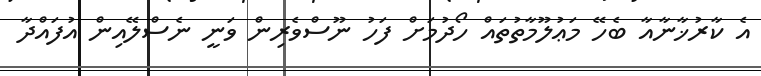
އެ ކާރުޚާނާއާ ބެހޭ މަޢުލޫމާތުތައް ހޯދުމަށް ފަހު ނޫސްވެރިން ވަނީ ނެސްލޭއިން އުފައްދާ